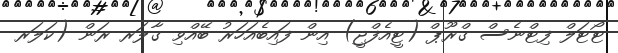
ޓޯޓަލް ފިޓްނެސް ގްރޫޕް (ޓީއެފްޖީ) އިން ފައިބެއަހަރު ބޭއްވި ގާލަރ ރަން (ކަލަރ